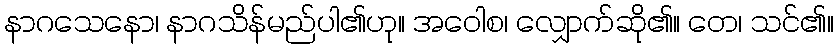
နာဂသေနော၊ နာဂသိန်မည်ပါ၏ဟု။ အဝေါစ၊ လျှောက်ဆို၏။ တေ၊ သင်၏။